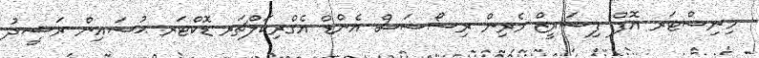
މިނިސްޓަރ އޮފް ފިޝަރީޒް މެރިން ރިސޯސަސް އެންޑް އެގްރިކަލްޗަރ ޑޮކްޓަރ ޙުސައިން ރަޝީދު